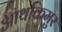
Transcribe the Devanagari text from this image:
आथक्रिमुर